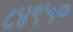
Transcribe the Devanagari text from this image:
८४९५०